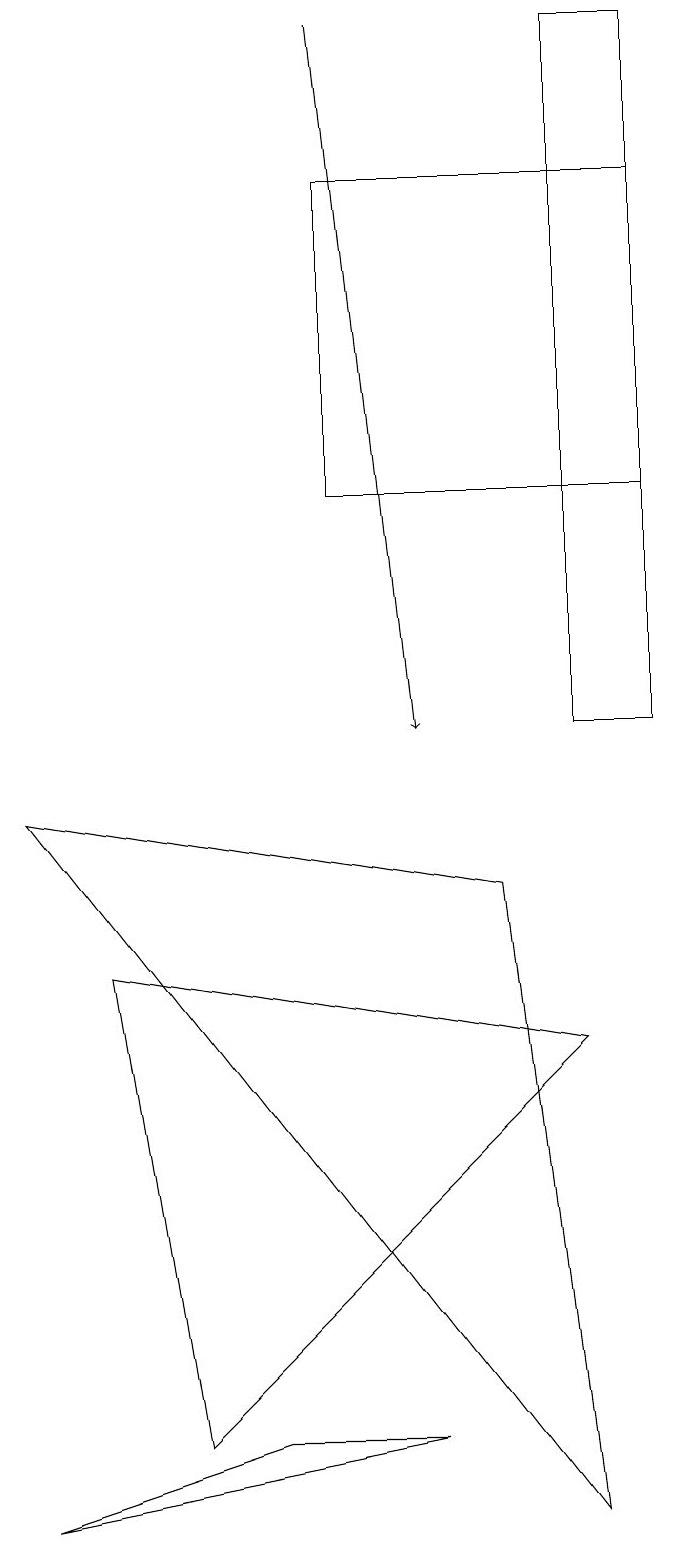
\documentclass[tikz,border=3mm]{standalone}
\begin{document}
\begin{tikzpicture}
\draw[->] (4,19) -- (5,10);
\draw (3,1) -- (0,0) -- (5,1) -- cycle;
\draw (7,6) -- (2,1) -- (1,7) -- cycle;
\draw (8,19) rectangle (7,10);
\draw (7,0) -- (0,9) -- (6,8) -- cycle;
\draw (4,13) rectangle (8,17);
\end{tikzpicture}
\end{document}